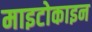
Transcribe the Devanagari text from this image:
माइटोकाइन